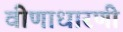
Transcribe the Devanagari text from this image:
वीणाधारणी